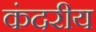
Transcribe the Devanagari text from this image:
कंदरीय